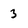
Character: 3